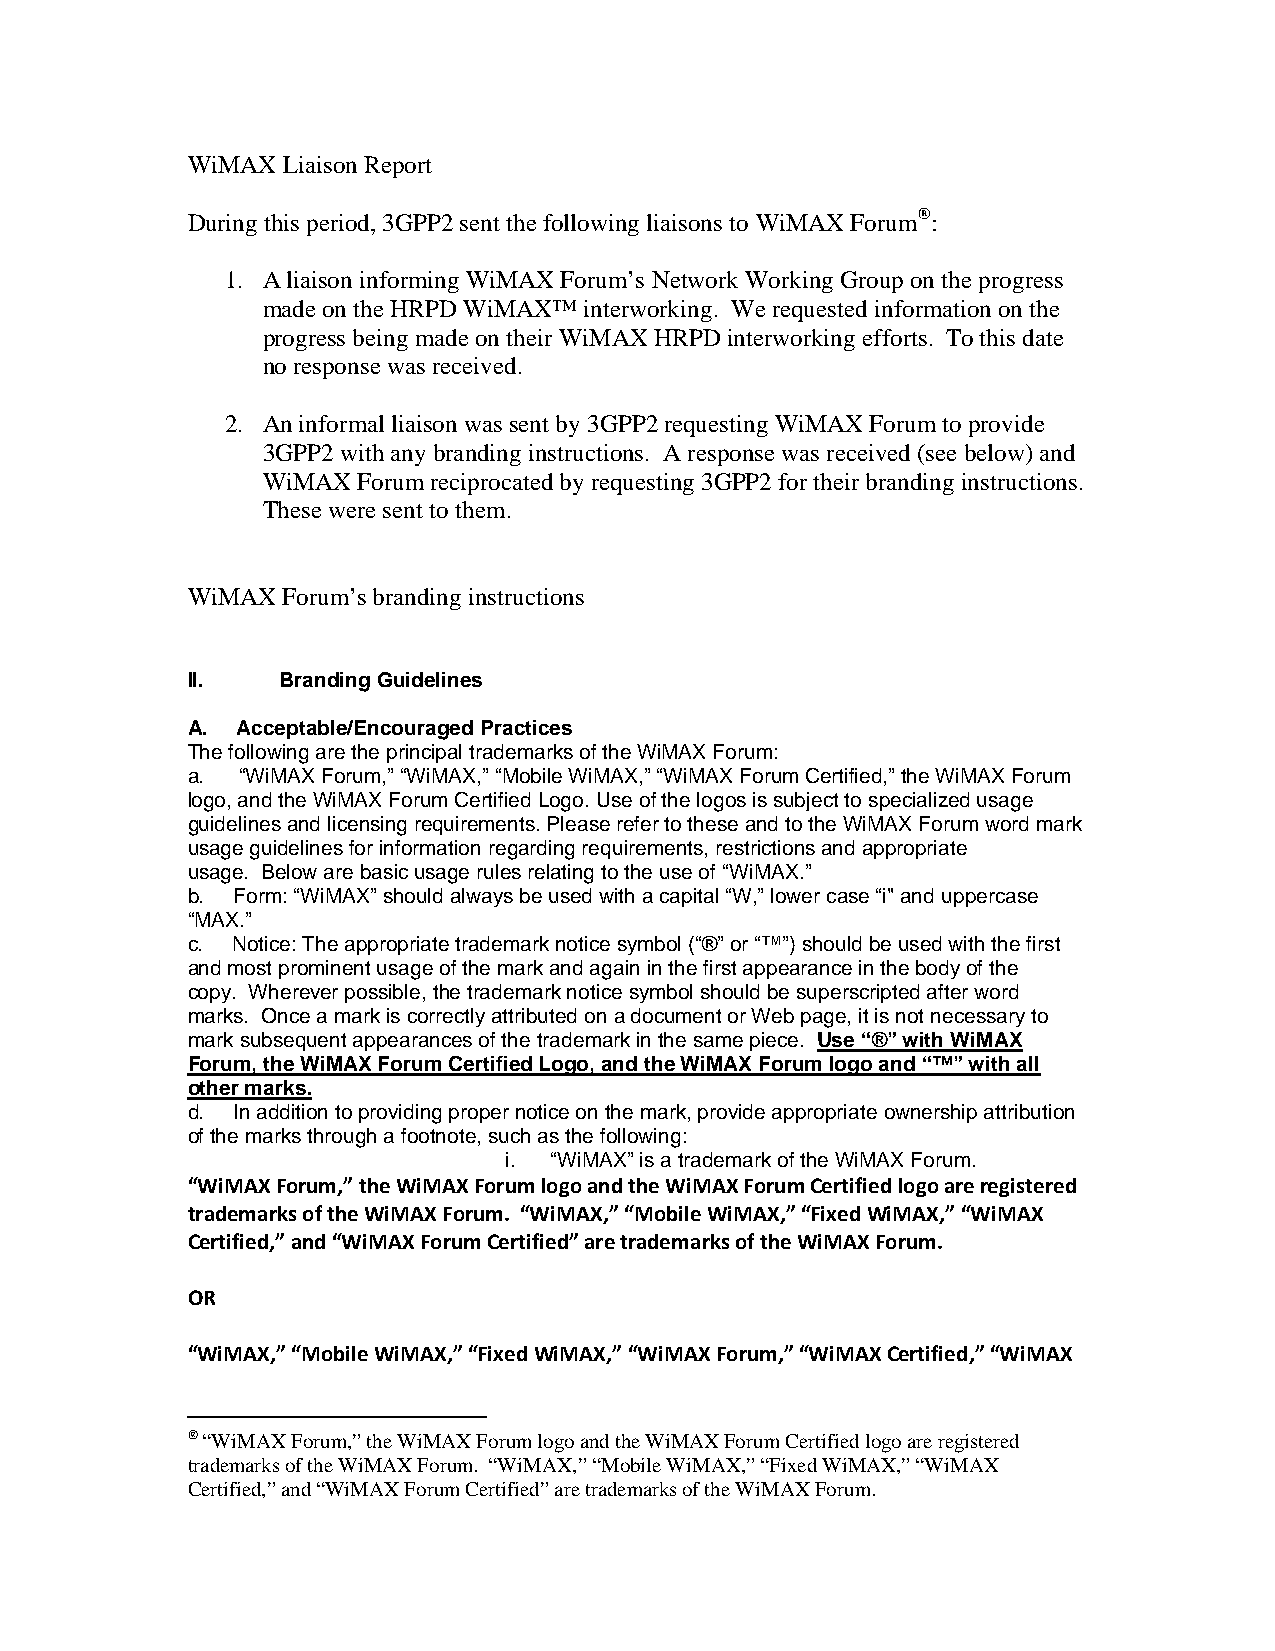
WiMAX  Liaison Report
 During this period, 3GPP2 sent the following liaisons to WiMAX Forum®:
 1. A liaison informing WiMAX Forum’s Network Working Group on the progress
 made on the HRPD WiMAX™ interworking. We requested information on the
 progress being made on their WiMAX HRPD interworking efforts. To this date
 no response was received.
 2. An informal liaison was sent by 3GPP2 requesting WiMAX Forum to provide
 3GPP2 with any branding instructions. A response was received (see below) and
 WiMAX  Forum reciprocated by requesting 3GPP2 for their branding instructions.
 These were sent to them.
 WiMAX  Forum’s branding instructions
 II.    Branding Guidelines
 A.  Acceptable/Encouraged Practices
 The following are the principal trademarks of the WiMAX Forum:
 a.  “WiMAX Forum,” “WiMAX,” “Mobile WiMAX,” “WiMAX Forum Certified,” the WiMAX Forum
 logo, and the WiMAX Forum Certified Logo. Use of the logos is subject to specialized usage
 guidelines and licensing requirements. Please refer to these and to the WiMAX Forum word mark
 usage guidelines for information regarding requirements, restrictions and appropriate
 usage. Below are basic usage rules relating to the use of “WiMAX.”
 b. Form: “WiMAX” should always be used with a capital “W,” lower case “i" and uppercase
 “MAX.”
 c. Notice: The appropriate trademark notice symbol (“®” or “™”) should be used with the first
 and most prominent usage of the mark and again in the first appearance in the body of the
 copy. Wherever possible, the trademark notice symbol should be superscripted after word
 marks. Once a mark is correctly attributed on a document or Web page, it is not necessary to
 mark subsequent appearances of the trademark in the same piece. Use “®” with WiMAX
 Forum, the WiMAX Forum Certified Logo, and the WiMAX Forum logo and “™” with all
 other marks.
 d. In addition to providing proper notice on the mark, provide appropriate ownership attribution
 of the marks through a footnote, such as the following:
 i. “WiMAX” is a trademark of the WiMAX Forum.
 “WiMAX Forum,” the WiMAX Forum logo and the WiMAX Forum Certified logo are registered
 trademarks of the WiMAX Forum. “WiMAX,” “Mobile WiMAX,” “Fixed WiMAX,” “WiMAX
 Certified,” and “WiMAX Forum Certified” are trademarks of the WiMAX Forum.
 OR
 “WiMAX,” “Mobile WiMAX,” “Fixed WiMAX,” “WiMAX Forum,” “WiMAX Certified,” “WiMAX
 ® “WiMAX Forum,” the WiMAX Forum logo and the WiMAX Forum Certified logo are registered
 trademarks of the WiMAX Forum. “WiMAX,” “Mobile WiMAX,” “Fixed WiMAX,” “WiMAX
 Certified,” and “WiMAX Forum Certified” are trademarks of the WiMAX Forum.